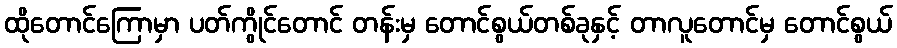
ထိုတောင်ကြောမှာ ပတ်ကွိုင်တောင် တန်းမှ တောင်စွယ်တစ်ခုနှင့် တာလူတောင်မှ တောင်စွယ်